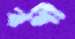
বর্ণী